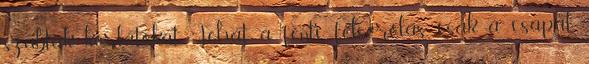
szabtak korlátokat. Tehát a fenti felsorolás csak a csapat